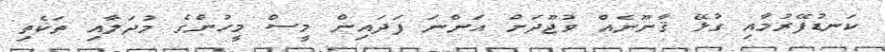
ކަނޑުފޭރުމާއި ގުޅޭ ޤާނޫނެއް ވުޖޫދަށް އަންނަ ފަދައިން މީސް މީހުންގެ މުދަލާއި ތަކެތި